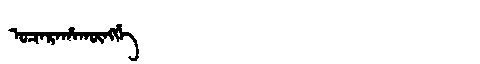
Manchu: ᡠᠴᠠᡵᠠᡥᠠᡴᡡᠩᡤᡝ
Romanization: UCARAHAKŪNGGE